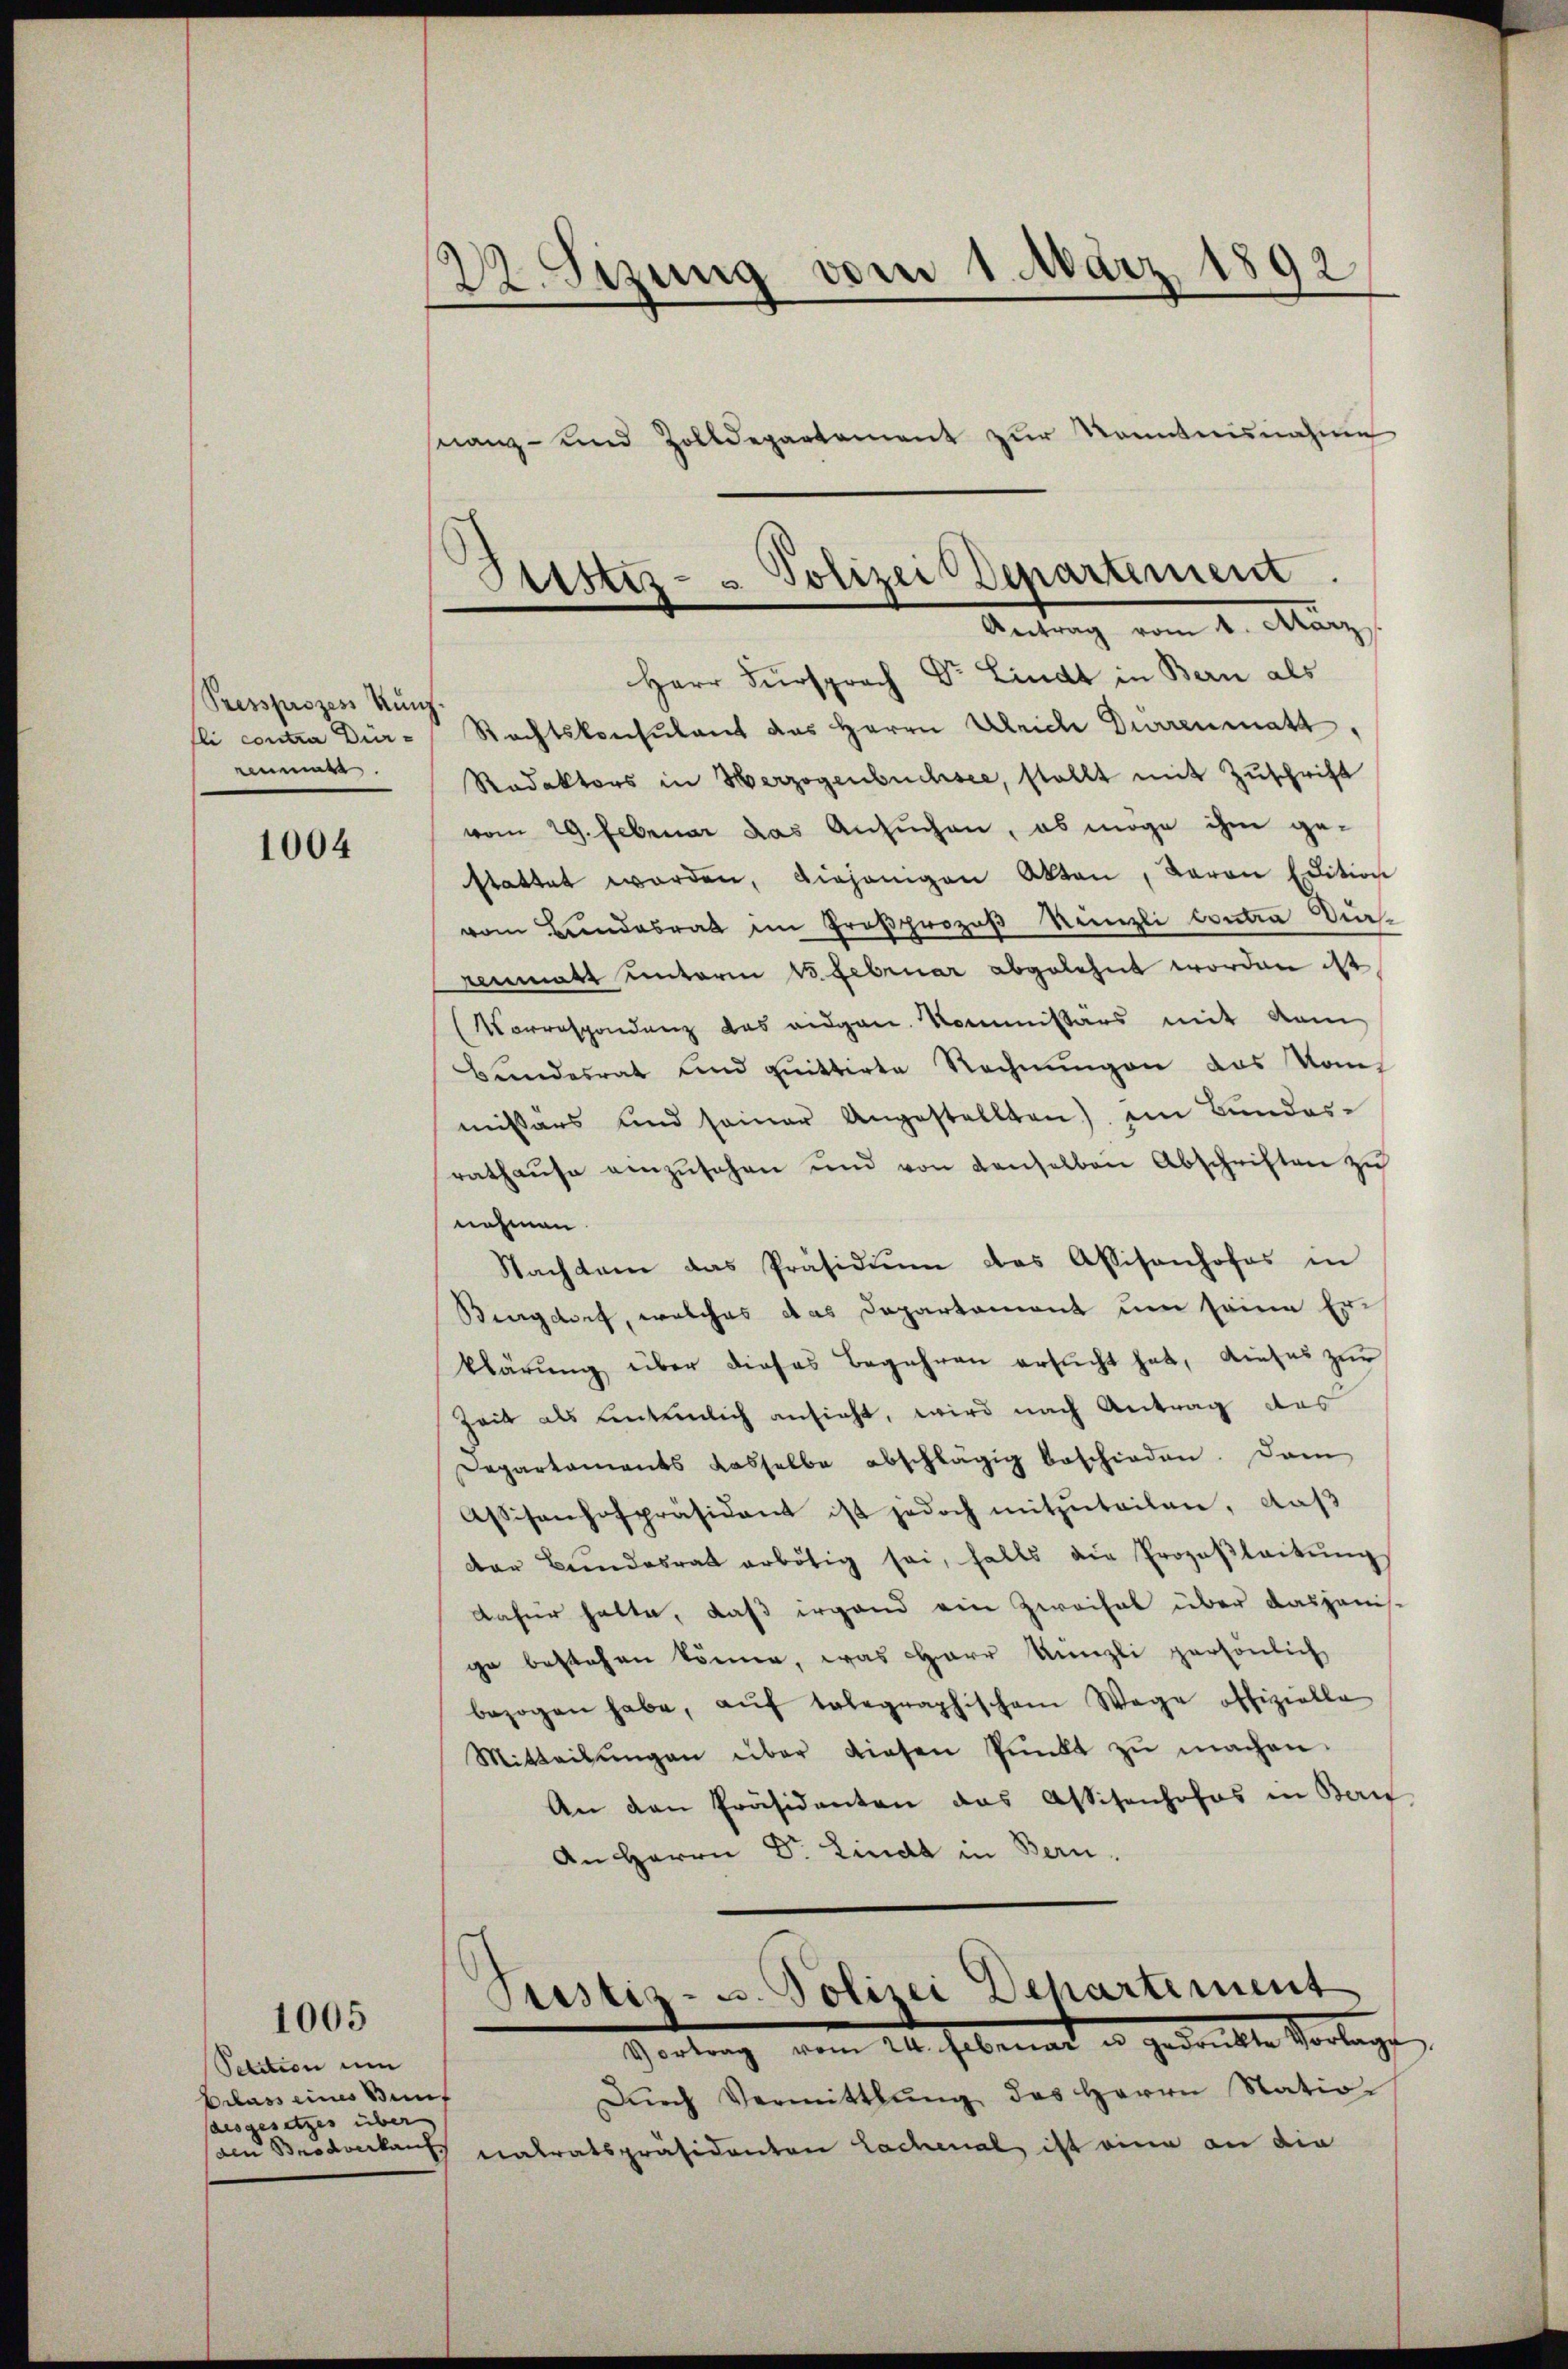
Pressprozess Kunz
fli contra Dür-
e

1004

1005

Petition um
Erlass eines Bunaesgesetzes über

22. Sizung vom 1. März 1892.

Herr Fürsprach Dr. Lindt in Bern als
Rechtskonsulant das Herrn Ulriche Dürrenmatt,
Redaktors in Herzogenbüchsee, stellt mit Zuschrift
vom 29. Februar das Ansuchen, es möge ihm gestattet worden, diejenigen Akten, daran Edition
vom Brandesrat im Großprozeß Künzli contra dierenmatt unterm 15. Februar abgelehnt worden ist
Vorrespondenz das eidgen. Kommissärs mit dem
Bundesrat und quittirte Rechnungen das vom
missärs und seiner Angestellten) im Bundesrathaŭse einzŭsehen und von denselben Abschriften zu
nehmen
Nachtam das Präsidiŭm das Assisanhofes in
Bingdorf, welches das Departament um seine Erklärung über dieses Begehren ersucht hat, dieses zur
Zeit als unterlich ansieht, wird nach Antrag des
Departements dasselbe abschlägig beschieden. Dam
Assisenhofpräsident ist jedoch mitzuteilen, daß
der Bŭndesrat erbötig sei, falls die Prozeβleitŭng
dafür hatte, daß irgend ein Zweifel über dasjeni
ge bestehen könne, was Herr Künzli persönlich
bezogen habe, auf telegraphischem Wege offizielle
Mitteilŭngen über diesen Pŭnkt zŭ machen.
An den Präsidenten das Assisenhofes in Ban
An Herrn Dr. Linda in Bern.
Pustiz- u. Polizei Departement
Vortrag vom 24. Februar es gedeckte Vorlegt
Dŭrch Vermittlung des Herrn Natio
den Brodonkarts nalratspräsidanton Lachenal, ist eine an die

nanz- und Zolldepartement zur Kenntnisnahme

Sittes- & Polizei Departement
Antrag vom 1. März